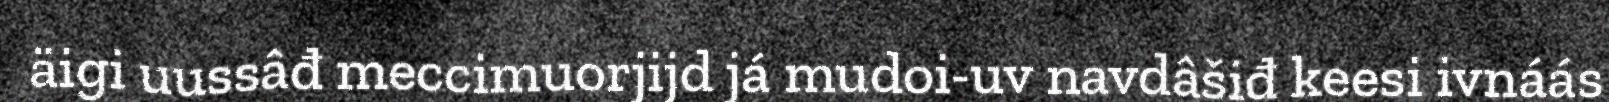
äigi uussâđ meccimuorjijd já mudoi-uv navdâšiđ keesi ivnáás